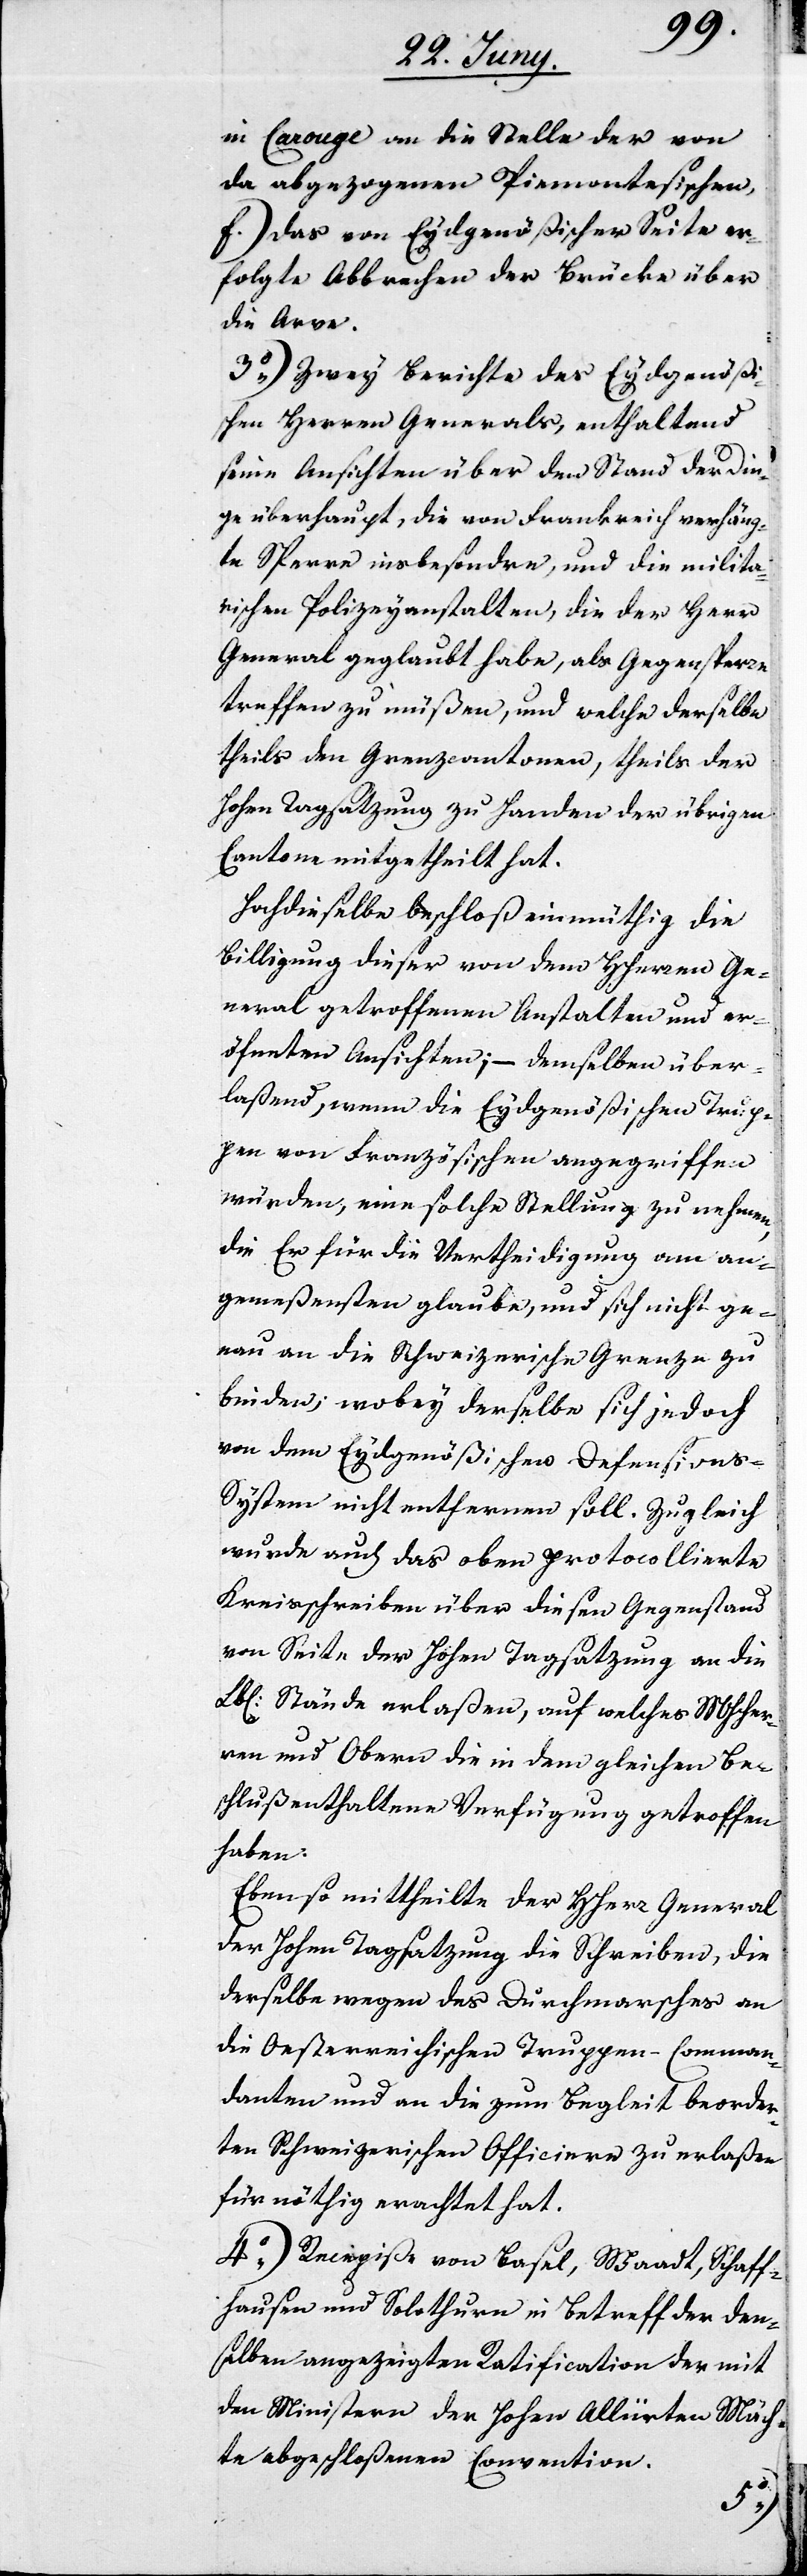
in Carouge an die Stelle der von
da abgezogenen Piemontesischen,
f) das von Eydgenößischer Seite er¬
folgte Abbrechen der Brücke über
die Arve.
3o) Zwey Berichte des Eydgenößis¬
chen Herren Generals, enthaltend
seine Ansichten über den Stand der Din¬
ge überhaupt, die von Frankreich verhäng¬
te Sperre insbesondere, und die milita¬
rischen Polizeyanstalten, die der Herr
General geglaubt habe, als Gegensperre
treffen zu müßen, und welche derselbe
theils den Grenzcantonen, theils der
Hohen Tagsatzung zu Handen der übrigen
Cantone mitgetheilt hat.
Hochdieselbe beschloß einmüthig die
Billigung dieser von dem HHerren Ge¬
neral getroffenen Anstalten und er¬
öfneten Ansichten; – demselben über¬
laßend, wenn die Eydgenößischen Trup¬
pen von Französischen angegeriffen
würden, eine solche Stellung zu nehmen,
die er für die Vertheidigung am an¬
gemeßensten glaube, und sich nicht ge¬
nau an die Schweizerische Grenze zu
binden; wobey derselbe sich jedoch
von dem Eydgenößischen Defension¬
s-System nicht entfernen soll. Zugleich
wurde auch das oben protocollierte
Kreisschreiben über diesen Gegenstand
von Seite der Hohen Tagsatzung an die
Stände erlaßen, auf welches MHHer¬
ren und Obern die in dem gleichen Be¬
schluß enthaltene Verfügung getroffen
haben.
Ebenso mittheilte der Herr General
der Hohen Tagsatzung die Schreiben, die
derselbe wegen des Durchmarsches an
die Oesterreichischen Truppen-Comman¬
danten und an die zum Begleit beorder¬
ten Schweizerischen Officiere zu erlaßen
für nöthig erachtet hat.
4o) Recepiße von Basel, Waadt, Schaff¬
hausen und Solothurn in Betreff der den¬
selben angezeigten Ratification der mit
den Ministern der Hohen Alliirten Mäch¬
te abgeschloßenen Convention.